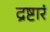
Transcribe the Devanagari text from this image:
द्रष्टारं